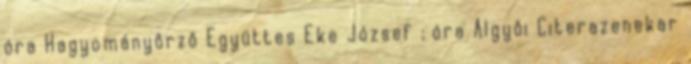
óra Hagyományôrzô Együttes Eke József ; óra Algyôi Citerazenekar